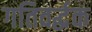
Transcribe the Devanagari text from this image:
गतिवर्द्धक